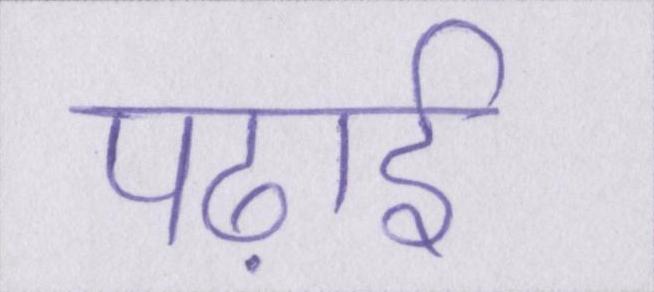
पढ़ाई